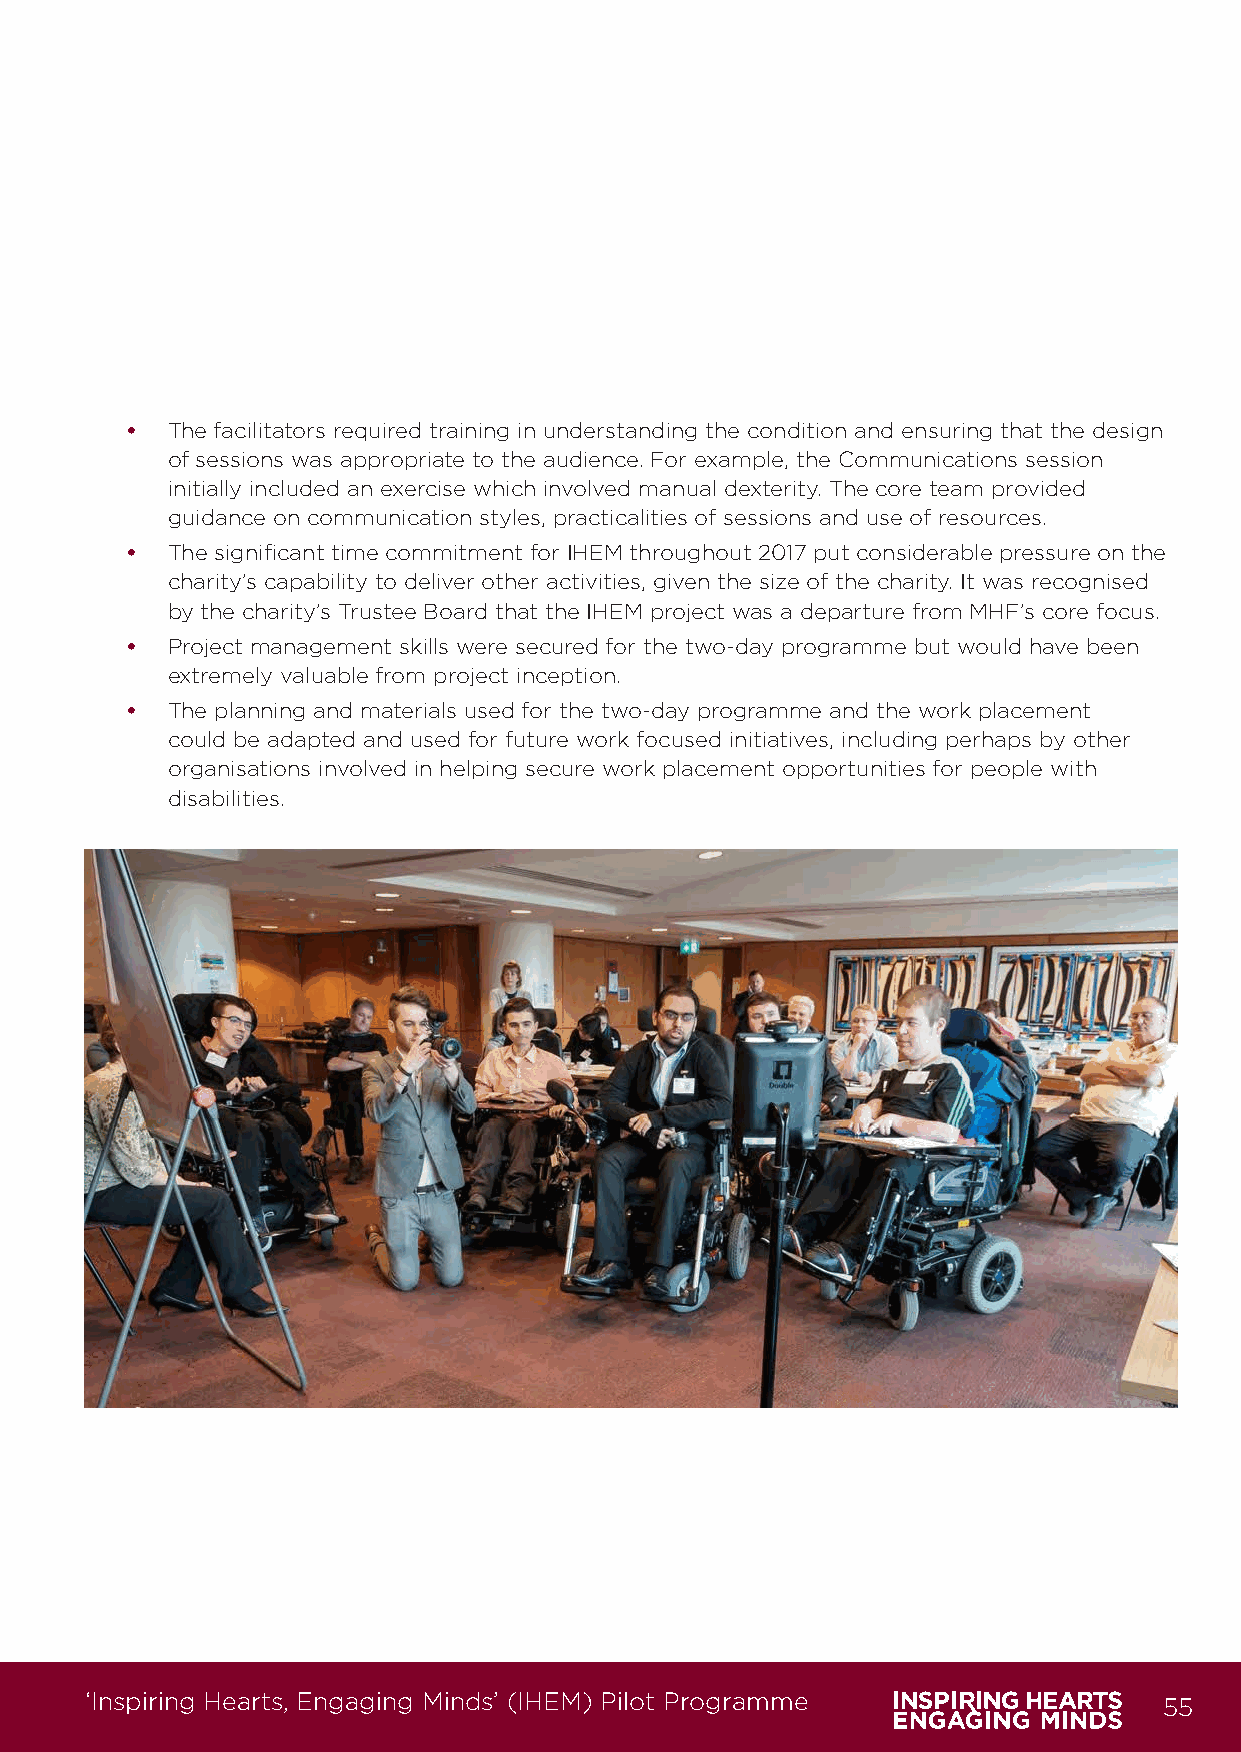
•  The facilitators required training in understanding the condition and ensuring that the design
 of sessions was appropriate to the audience. For example, the Communications session
 initially included an exercise which involved manual dexterity. The core team provided
 guidance on communication styles, practicalities of sessions and use of resources.
 •  The significant time commitment for IHEM throughout 2017 put considerable pressure on the
 charity’s capability to deliver other activities, given the size of the charity. It was recognised
 by the charity’s Trustee Board that the IHEM project was a departure from MHF’s core focus.
 •  Project management skills were secured for the two-day programme but would have been
 extremely valuable from project inception.
 •  The planning and materials used for the two-day programme and the work placement
 could be adapted and used for future work focused initiatives, including perhaps by other
 organisations involved in helping secure work placement opportunities for people with
 disabilities.
 ‘Inspiring Hearts, Engaging Minds’ (IHEM) Pilot Programme              55
 IHEM-Evaluation-Summary-Report_Brand Compliant.indd 55                  29/09/2020 06:59:33